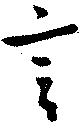
言